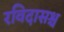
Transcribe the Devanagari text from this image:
रविदासश्च